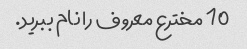
10 مخترع معروف را نام ببرید.